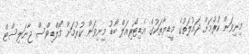
މިނިވަން ކުރުމަށް ދައުލަތުގެ މީޑިޔާތަކުގެ އެޑިޓޯރިއަލް ބޯޑު މިނިވަން ކުރުމަށް މޯލްޑިވްސް ޖާނަލިސްޓް